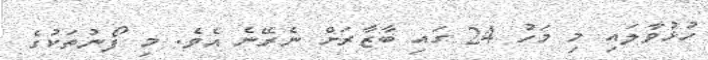
ހުޅުވާލައި މި މަހު 24 ގައި ބާޒާރަށް ނެރޭނެ އެވެ. މި ފޯނުތަކުގެ